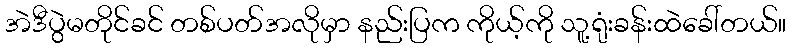
အဲဒီပွဲမတိုင်ခင် တစ်ပတ်အလိုမှာ နည်းပြက ကိုယ့်ကို သူ့ရုံးခန်းထဲခေါ်တယ်။